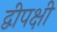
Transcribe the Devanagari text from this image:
द्वीपक्षी